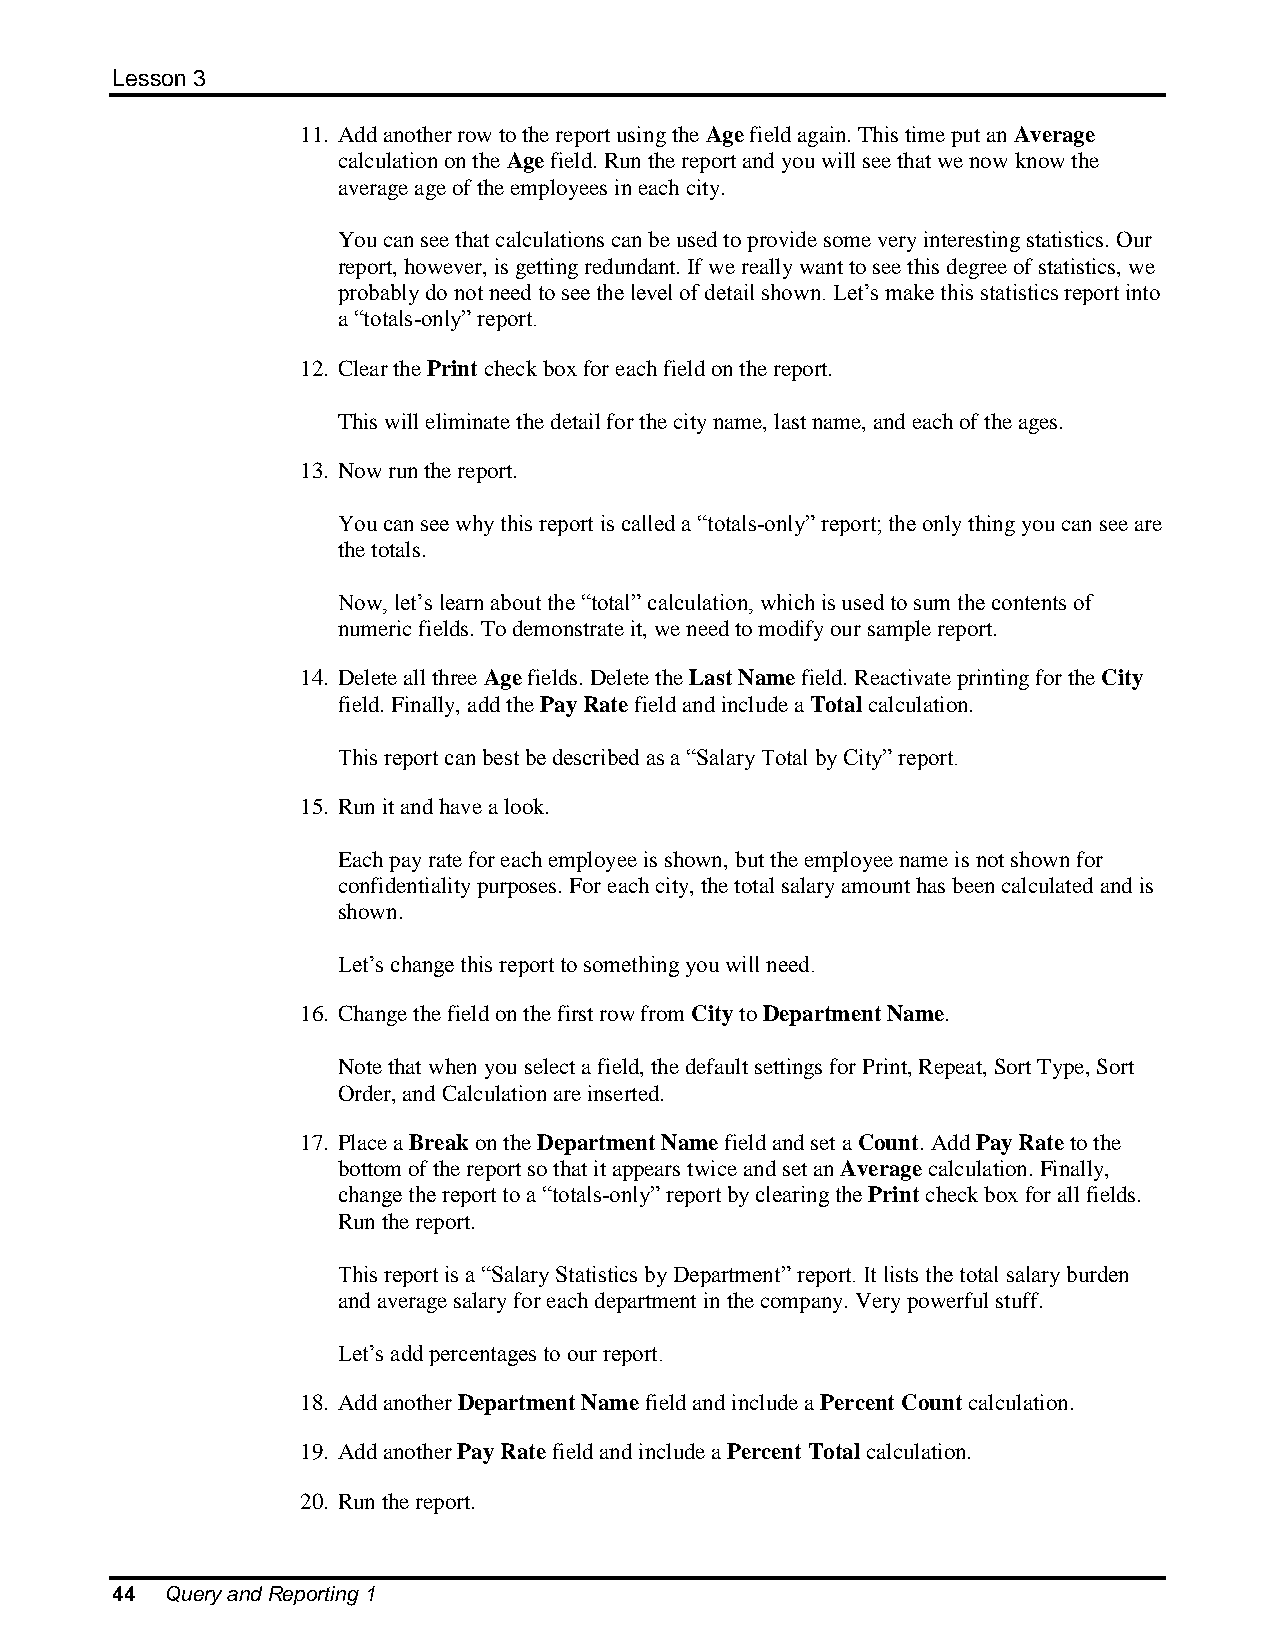
Lesson 3
 11. Add another row to the report using the Age field again. This time put an Average
 calculation on the Age field. Run the report and you will see that we now know the
 average age of the employees in each city.
 You can see that calculations can be used to provide some very interesting statistics. Our
 report, however, is getting redundant. If we really want to see this degree of statistics, we
 probably do not need to see the level of detail shown. Let’s make this statistics report into
 a “totals-only” report.
 12. Clear the Print check box for each field on the report.
 This will eliminate the detail for the city name, last name, and each of the ages.
 13. Now run the report.
 You can see why this report is called a “totals-only” report; the only thing you can see are
 the totals.
 Now, let’s learn about the “total” calculation, which is used to sum the contents of
 numeric fields. To demonstrate it, we need to modify our sample report.
 14. Delete all three Age fields. Delete the Last Name field. Reactivate printing for the City
 field. Finally, add the Pay Rate field and include a Total calculation.
 This report can best be described as a “Salary Total by City” report.
 15. Run it and have a look.
 Each pay rate for each employee is shown, but the employee name is not shown for
 confidentiality purposes. For each city, the total salary amount has been calculated and is
 shown.
 Let’s change this report to something you will need.
 16. Change the field on the first row from City to Department Name.
 Note that when you select a field, the default settings for Print, Repeat, Sort Type, Sort
 Order, and Calculation are inserted.
 17. Place a Break on the Department Name field and set a Count. Add Pay Rate to the
 bottom of the report so that it appears twice and set an Average calculation. Finally,
 change the report to a “totals-only” report by clearing the Print check box for all fields.
 Run the report.
 This report is a “Salary Statistics by Department” report. It lists the total salary burden
 and average salary for each department in the company. Very powerful stuff.
 Let’s add percentages to our report.
 18. Add another Department Name field and include a Percent Count calculation.
 19. Add another Pay Rate field and include a Percent Total calculation.
 20. Run the report.
 44  Query and Reporting 1